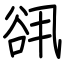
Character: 谻